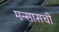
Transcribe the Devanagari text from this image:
मन्सासची